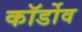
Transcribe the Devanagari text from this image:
कॉर्डोव